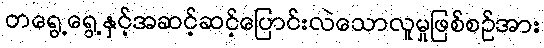
တရွေ့ရွေ့နှင့်အဆင့်ဆင့်ပြောင်းလဲသောလူမှုဖြစ်စဉ်အား